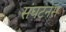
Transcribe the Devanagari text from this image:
संघटनेस